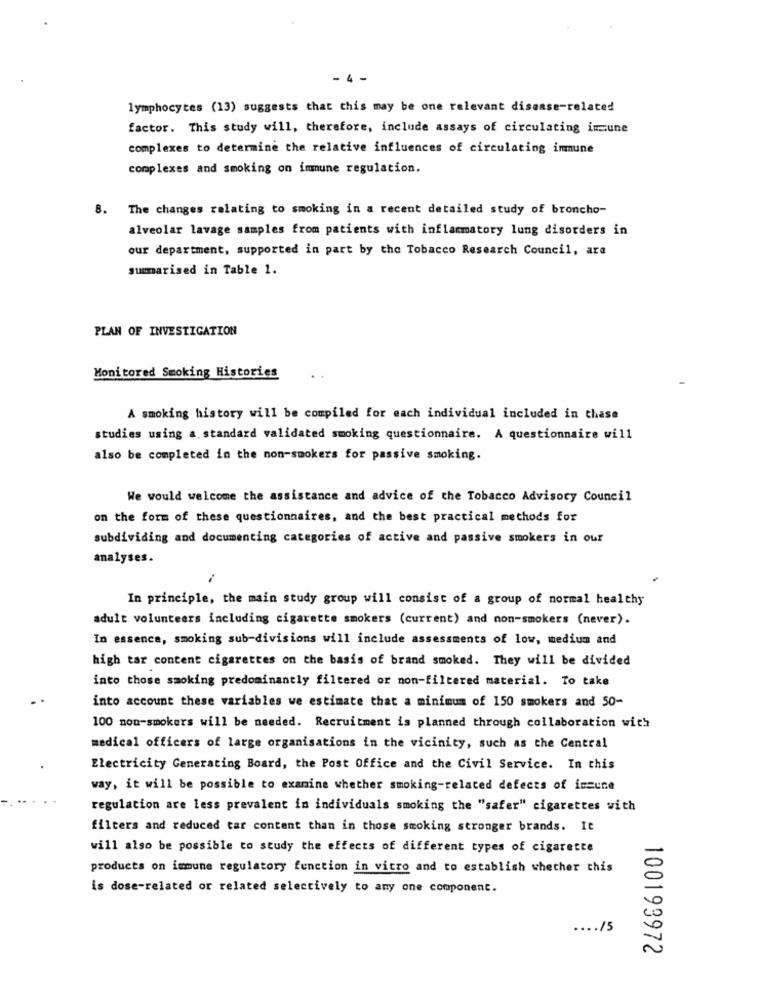
- 4 -
lymphocytes (13) suggests that this may be one relevant disease-related
factor. This study will, therefore, include assays of circulating immune
complexes to determine the relative influences of circulating immune
complexes and smoking on immune regulation.
8. The changes relating to smoking in a recent detailed study of broncho-
alveolar lavage samples from patients with inflammatory lung disorders in
our department, supported in part by the Tobacco Research Council, ara
summarised in Table 1.
PLAN OF INVESTIGATION
Monitored Smoking Histories
A smoking history will be compiled for each individual included in chase
studies using a. standard validated smoking questionnaire. A questionnaire will
also be completed in the non-smokers for passive smoking.
We would welcome the assistance and advice of the Tobacco Advisory Council
on the form of these questionnaires, and the best practical methods for
subdividing and documenting categories of active and passive smokers in our
analyses.
In principle, the main study group will consist of a group of normal healthy
adult volunteers including cigarette smokers (current) and non-smokers (never).
In essence, smoking sub-divisions will include assessments of low, medium and
high tar content cigarettes on the basis of brand smoked. They will be divided
into those smoking predominantly filtered or non-filtered material. To take
into account these variables we estimate that a minimum of 150 smokers and 50-
100 non-smokers will be needed. Recruitment is planned through collaboration with
medical officers of large organisations in the vicinity, such as the Central
Electricity Generating Board, the Post Office and the Civil Service. In this
way, it will be possible to examine whether smoking-related defects of iszune
regulation are less prevalent in individuals smoking the "safer" cigarettes with
filters and reduced tar content than in those smoking stronger brands. It
will also be possible to study the effects of different types of cigarette
products on immune regulatory function in vitro and to establish whether this
is dose-related or related selectively to any one component.
.... /5
100193972